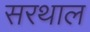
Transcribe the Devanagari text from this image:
सरथाल